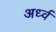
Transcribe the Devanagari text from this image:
अर्ध्व